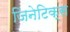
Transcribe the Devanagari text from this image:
जिनेटिक्स